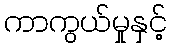
ကာကွယ်မှုနှင့်